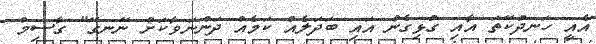
އެއީ ހަނދުކޭތަ އާއި ގުޅިގެން އައި ބަދަލެއް ކަމެއް ދަންނަވާކަށް ނޭނގޭ" ގާސިމް